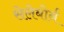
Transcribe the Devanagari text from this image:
सेलेबोर्न